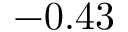
- 0 . 4 3